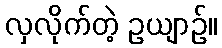
လှလိုက်တဲ့ ဥယျာဉ်။